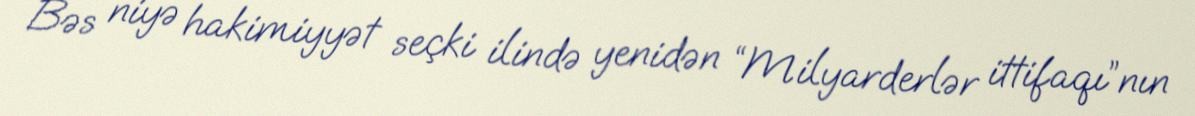
Bəs niyə hakimiyyət seçki ilində yenidən “Milyarderlər ittifaqı”nın